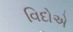
વિદોએ